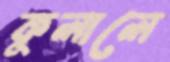
কুলালে